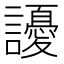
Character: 䜡